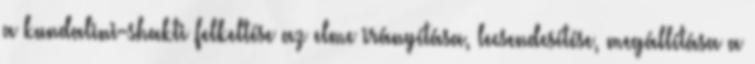
a kundalini-shakti felkeltése az elme irányítása, lecsendesítése, megállítása a